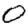
Digit: 0